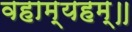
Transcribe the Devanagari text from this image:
वहाम्यहम्॥